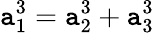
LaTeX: \mathtt{a}_{1}^{3}=\mathtt{a}_{2}^{3}+\mathtt{a}_{3}^{3}